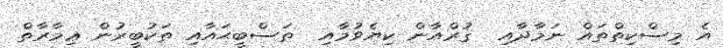
އެ މިސްކިތްތައް ނަމާދާއި  ޤުރްއާން ކިޔެވުމާއި  ތަސްބީޙައާއި ތަކުބީރުން ޢިމާރާތް